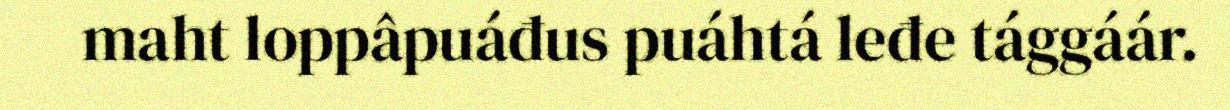
maht loppâpuáđus puáhtá leđe tággáár.